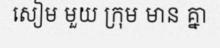
សៀម មួយ ក្រុម មាន គ្នា